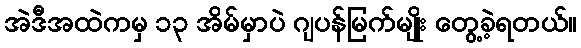
အဲဒီအထဲကမှ ၁၃ အိမ်မှာပဲ ဂျပန်မြက်မျိုး တွေ့ခဲ့ရတယ်။